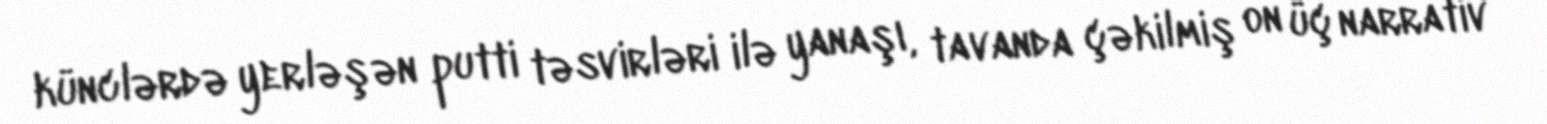
künclərdə yerləşən putti təsvirləri ilə yanaşı, tavanda çəkilmiş on üç narrativ